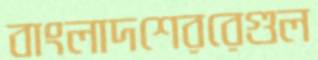
বাংলাদশেররেগুল